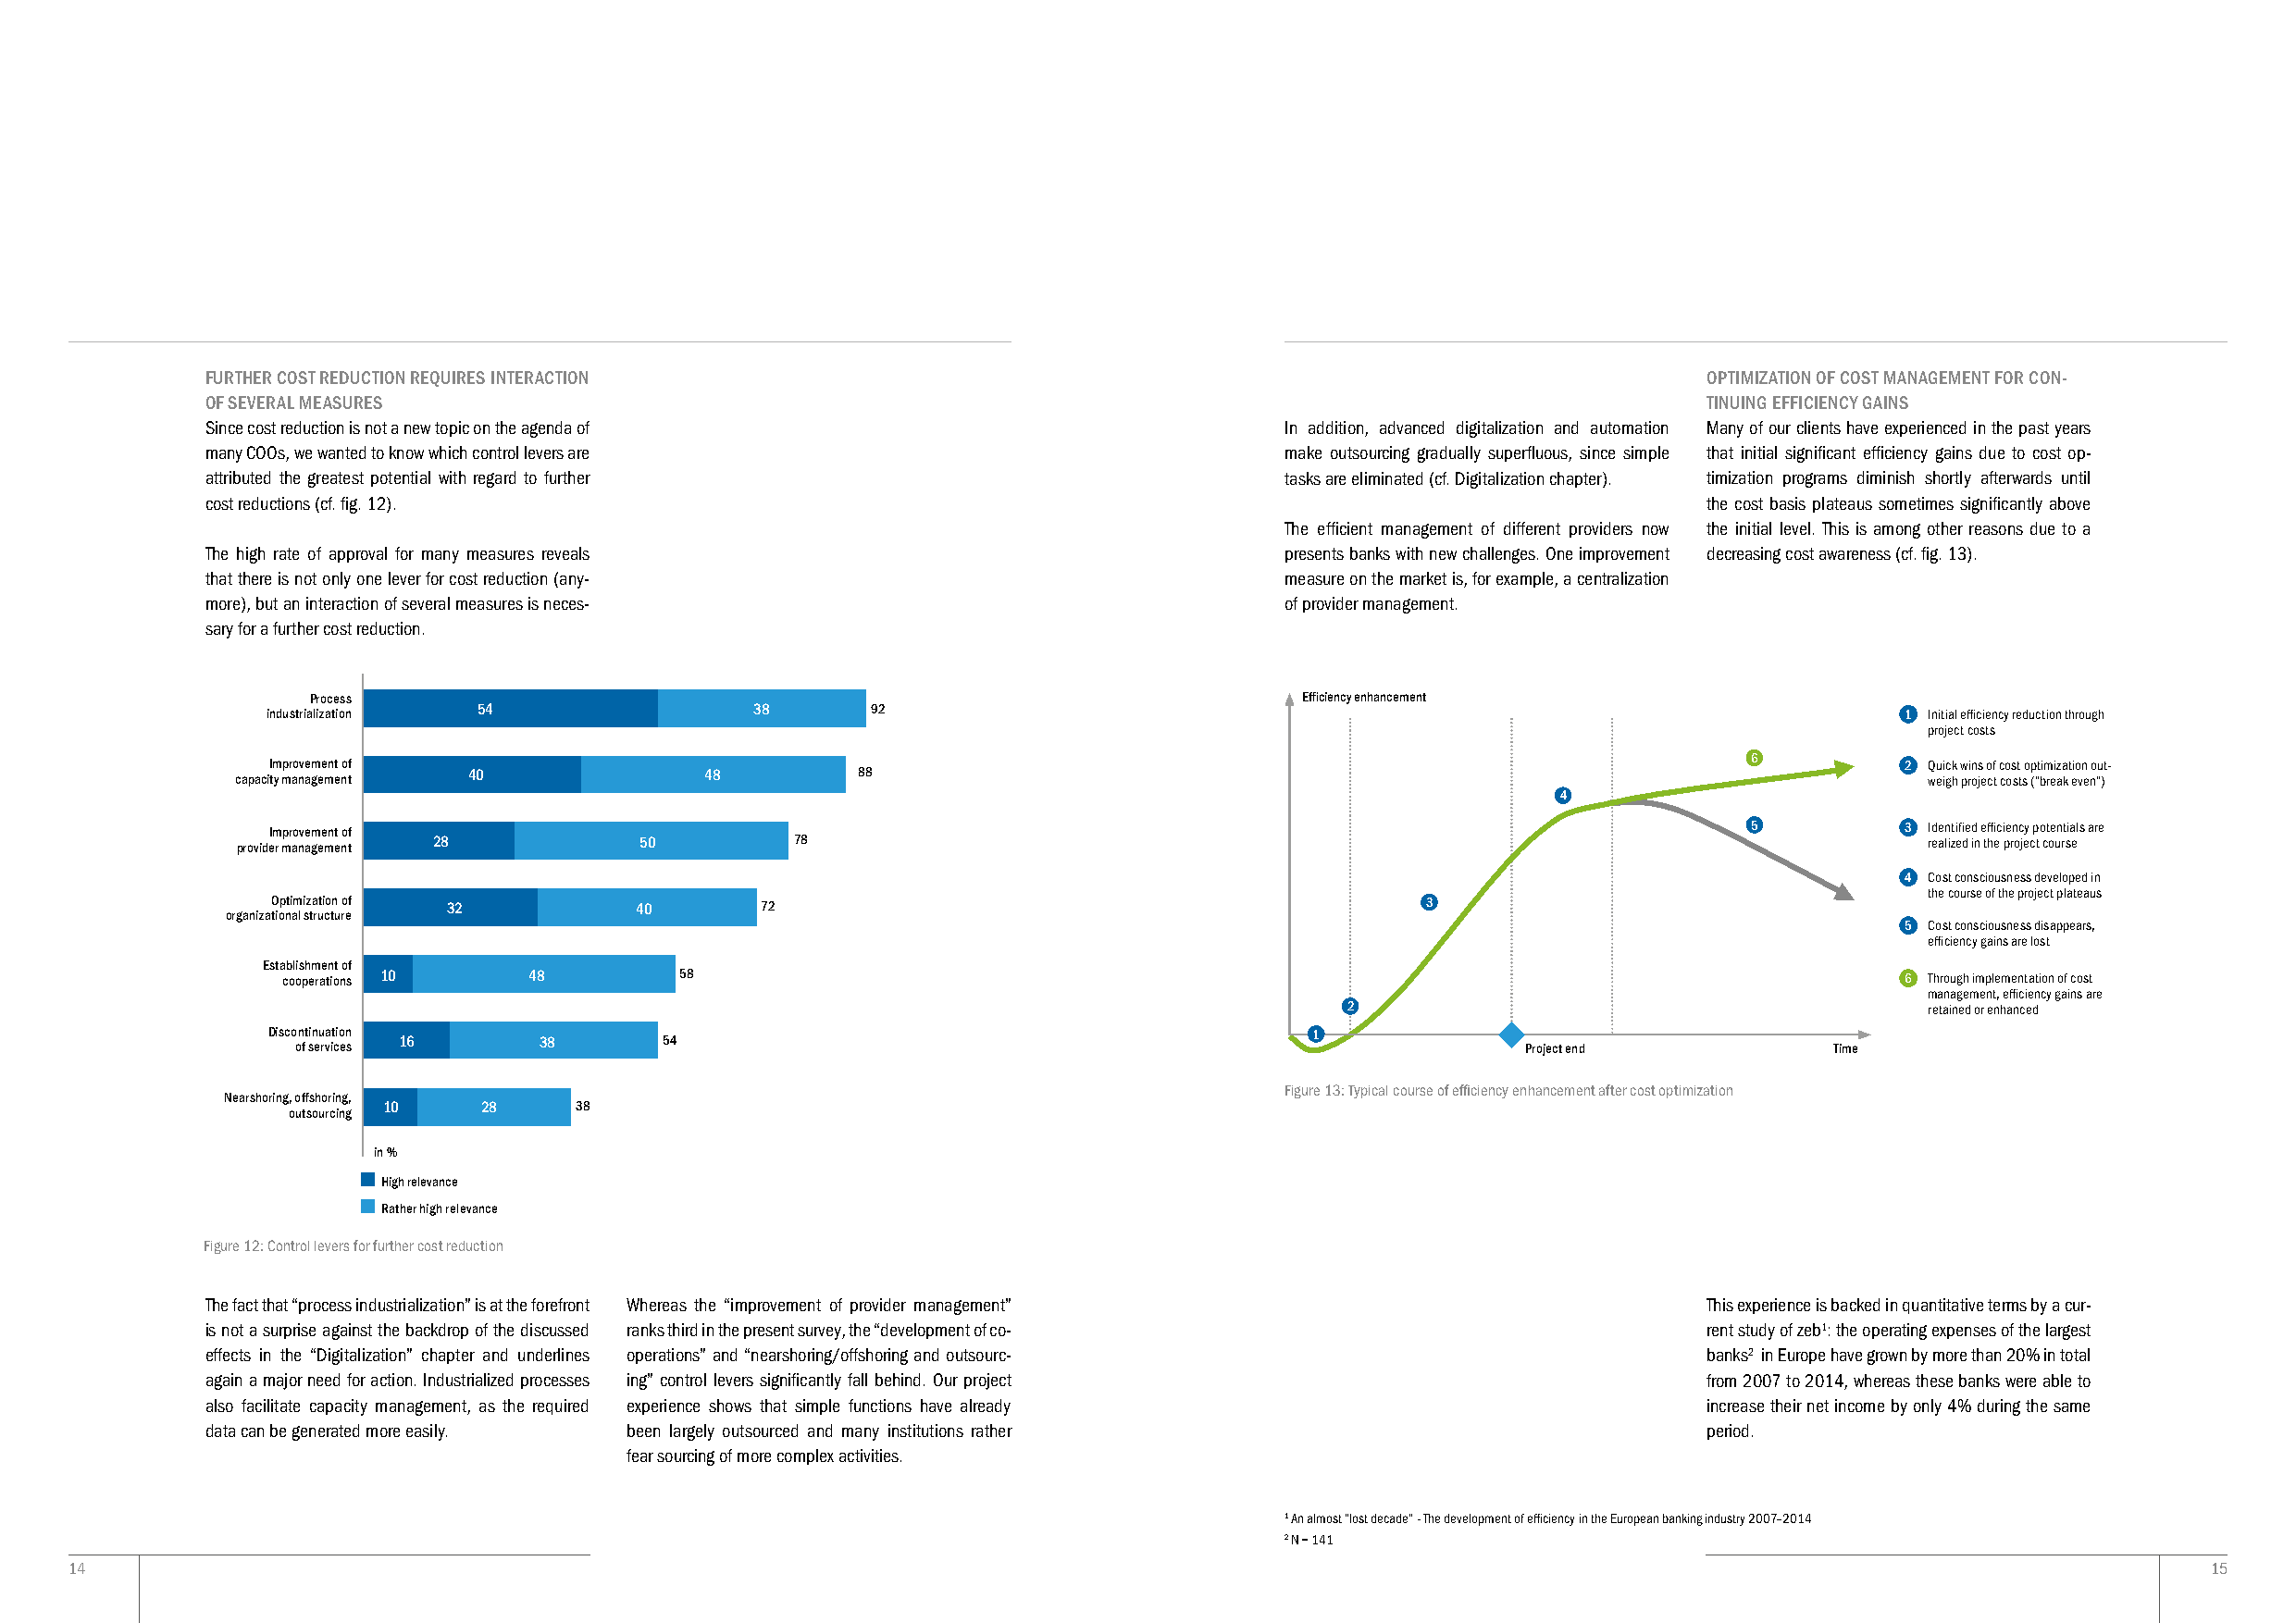
FURTHER COST REDUCTION REQUIRES INTERACTION                                                                OPTIMIZATION OF COST MANAGEMENT FOR CON-
 OF SEVERAL MEASURES                                                                                        TINUING EFFICIENCY GAINS
 Since cost reduction is not a new topic on the agenda of                     In addition, advanced digitalization and automation Many of our clients have experienced in the past years
 many COOs, we wanted to know which control levers are                        make outsourcing gradually superfluous, since simple that initial significant efficiency gains due to cost op-
 attributed the greatest potential with regard to further                     tasks are eliminated (cf. Digitalization chapter). timization programs diminish shortly afterwards until
 cost reductions (cf. fig. 12).                                                                             the cost basis plateaus sometimes significantly above
 The efficient management of different providers now the initial level. This is among other reasons due to a
 The high rate of approval for many measures reveals                          presents banks with new challenges. One improvement decreasing cost awareness (cf. fig. 13).
 that there is not only one lever for cost reduction (any-                    measure on the market is, for example, a centralization
 more), but an interaction of several measures is neces-                      of provider management.
 sary for a further cost reduction.
 Process                                                                Efficiency enhancement
 industrialization 54               38      92                                                                        1 Initial efficiency reduction through
 project costs
 Improvement of                                                                                            6          2 Quick wins of cost optimization out-
 capacity management 40           48         88                                                                           weigh project costs (“break even”)
 4
 Improvement of                                                                                            5          3 Identified efficiency potentials are
 provider management 28       50         78                                                                               realized in the project course
 4 Cost consciousness developed in
 the course of the project plateaus
 Optimization of 32        40       72                                              3
 organizational structure
 5 Cost consciousness disappears,
 efficiency gains are lost
 Establishment of
 cooperations 10   48         58                                                                                     6 Through implementation of cost
 management, efficiency gains are
 2                                         retained or enhanced
 Disco on ft sin eu ra vit cio en s 16 38 54                                1              Project end           Time
 Figure 13: Typical course of efficiency enhancement after cost optimization
 Nearshoring, offshoring,
 10     28     38
 outsourcing
 in %
 High relevance
 Rather high relevance
 Figure 12: Control levers for further cost reduction
 The fact that “process industrialization” is at the forefront Whereas the “improvement of provider management” This experience is backed in quantitative terms by a cur-
 is not a surprise against the backdrop of the discussed ranks third in the present survey, the “development of co- rent study of zeb1: the operating expenses of the largest
 effects in the “Digitalization” chapter and underlines operations” and “nearshoring/offshoring and outsourc- banks2 in Europe have grown by more than 20% in total
 again a major need for action. Industrialized processes ing” control levers significantly fall behind. Our project from 2007 to 2014, whereas these banks were able to
 also facilitate capacity management, as the required experience shows that simple functions have already   increase their net income by only 4% during the same
 data can be generated more easily. been largely outsourced and many institutions rather                    period.
 fear sourcing of more complex activities.
 1 An almost “lost decade” - The development of efficiency in the European banking industry 2007–2014
 2 N = 141
 14                                                                                                                                                       15